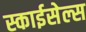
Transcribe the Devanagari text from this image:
स्काईसेल्स